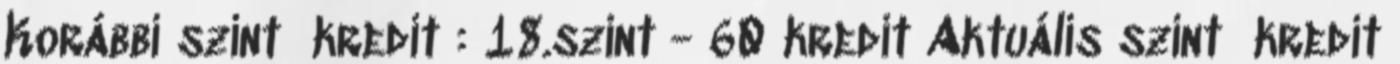
Korábbi szint kredit : 18.szint - 60 kredit Aktuális szint kredit